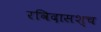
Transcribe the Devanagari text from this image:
रविदासश्च